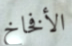
الأفخاخ